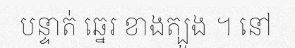
បន្ទាត់ ឆ្នេរ ខាងត្បូង ។ នៅ